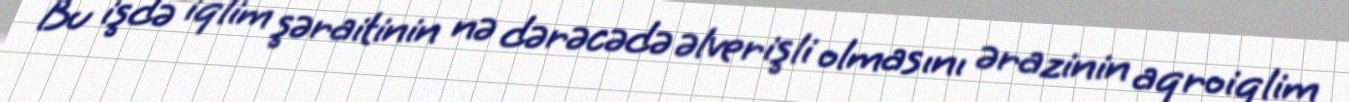
Bu işdə iqlim şəraitinin nə dərəcədə əlverişli olmasını ərazinin aqroiqlim